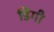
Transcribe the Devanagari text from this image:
डिगी